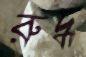
রুদ্ধ